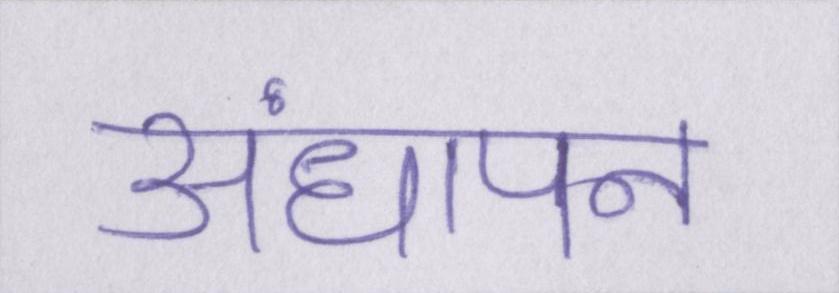
अंधापन